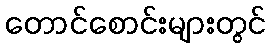
တောင်စောင်းများတွင်